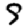
Digit: 9